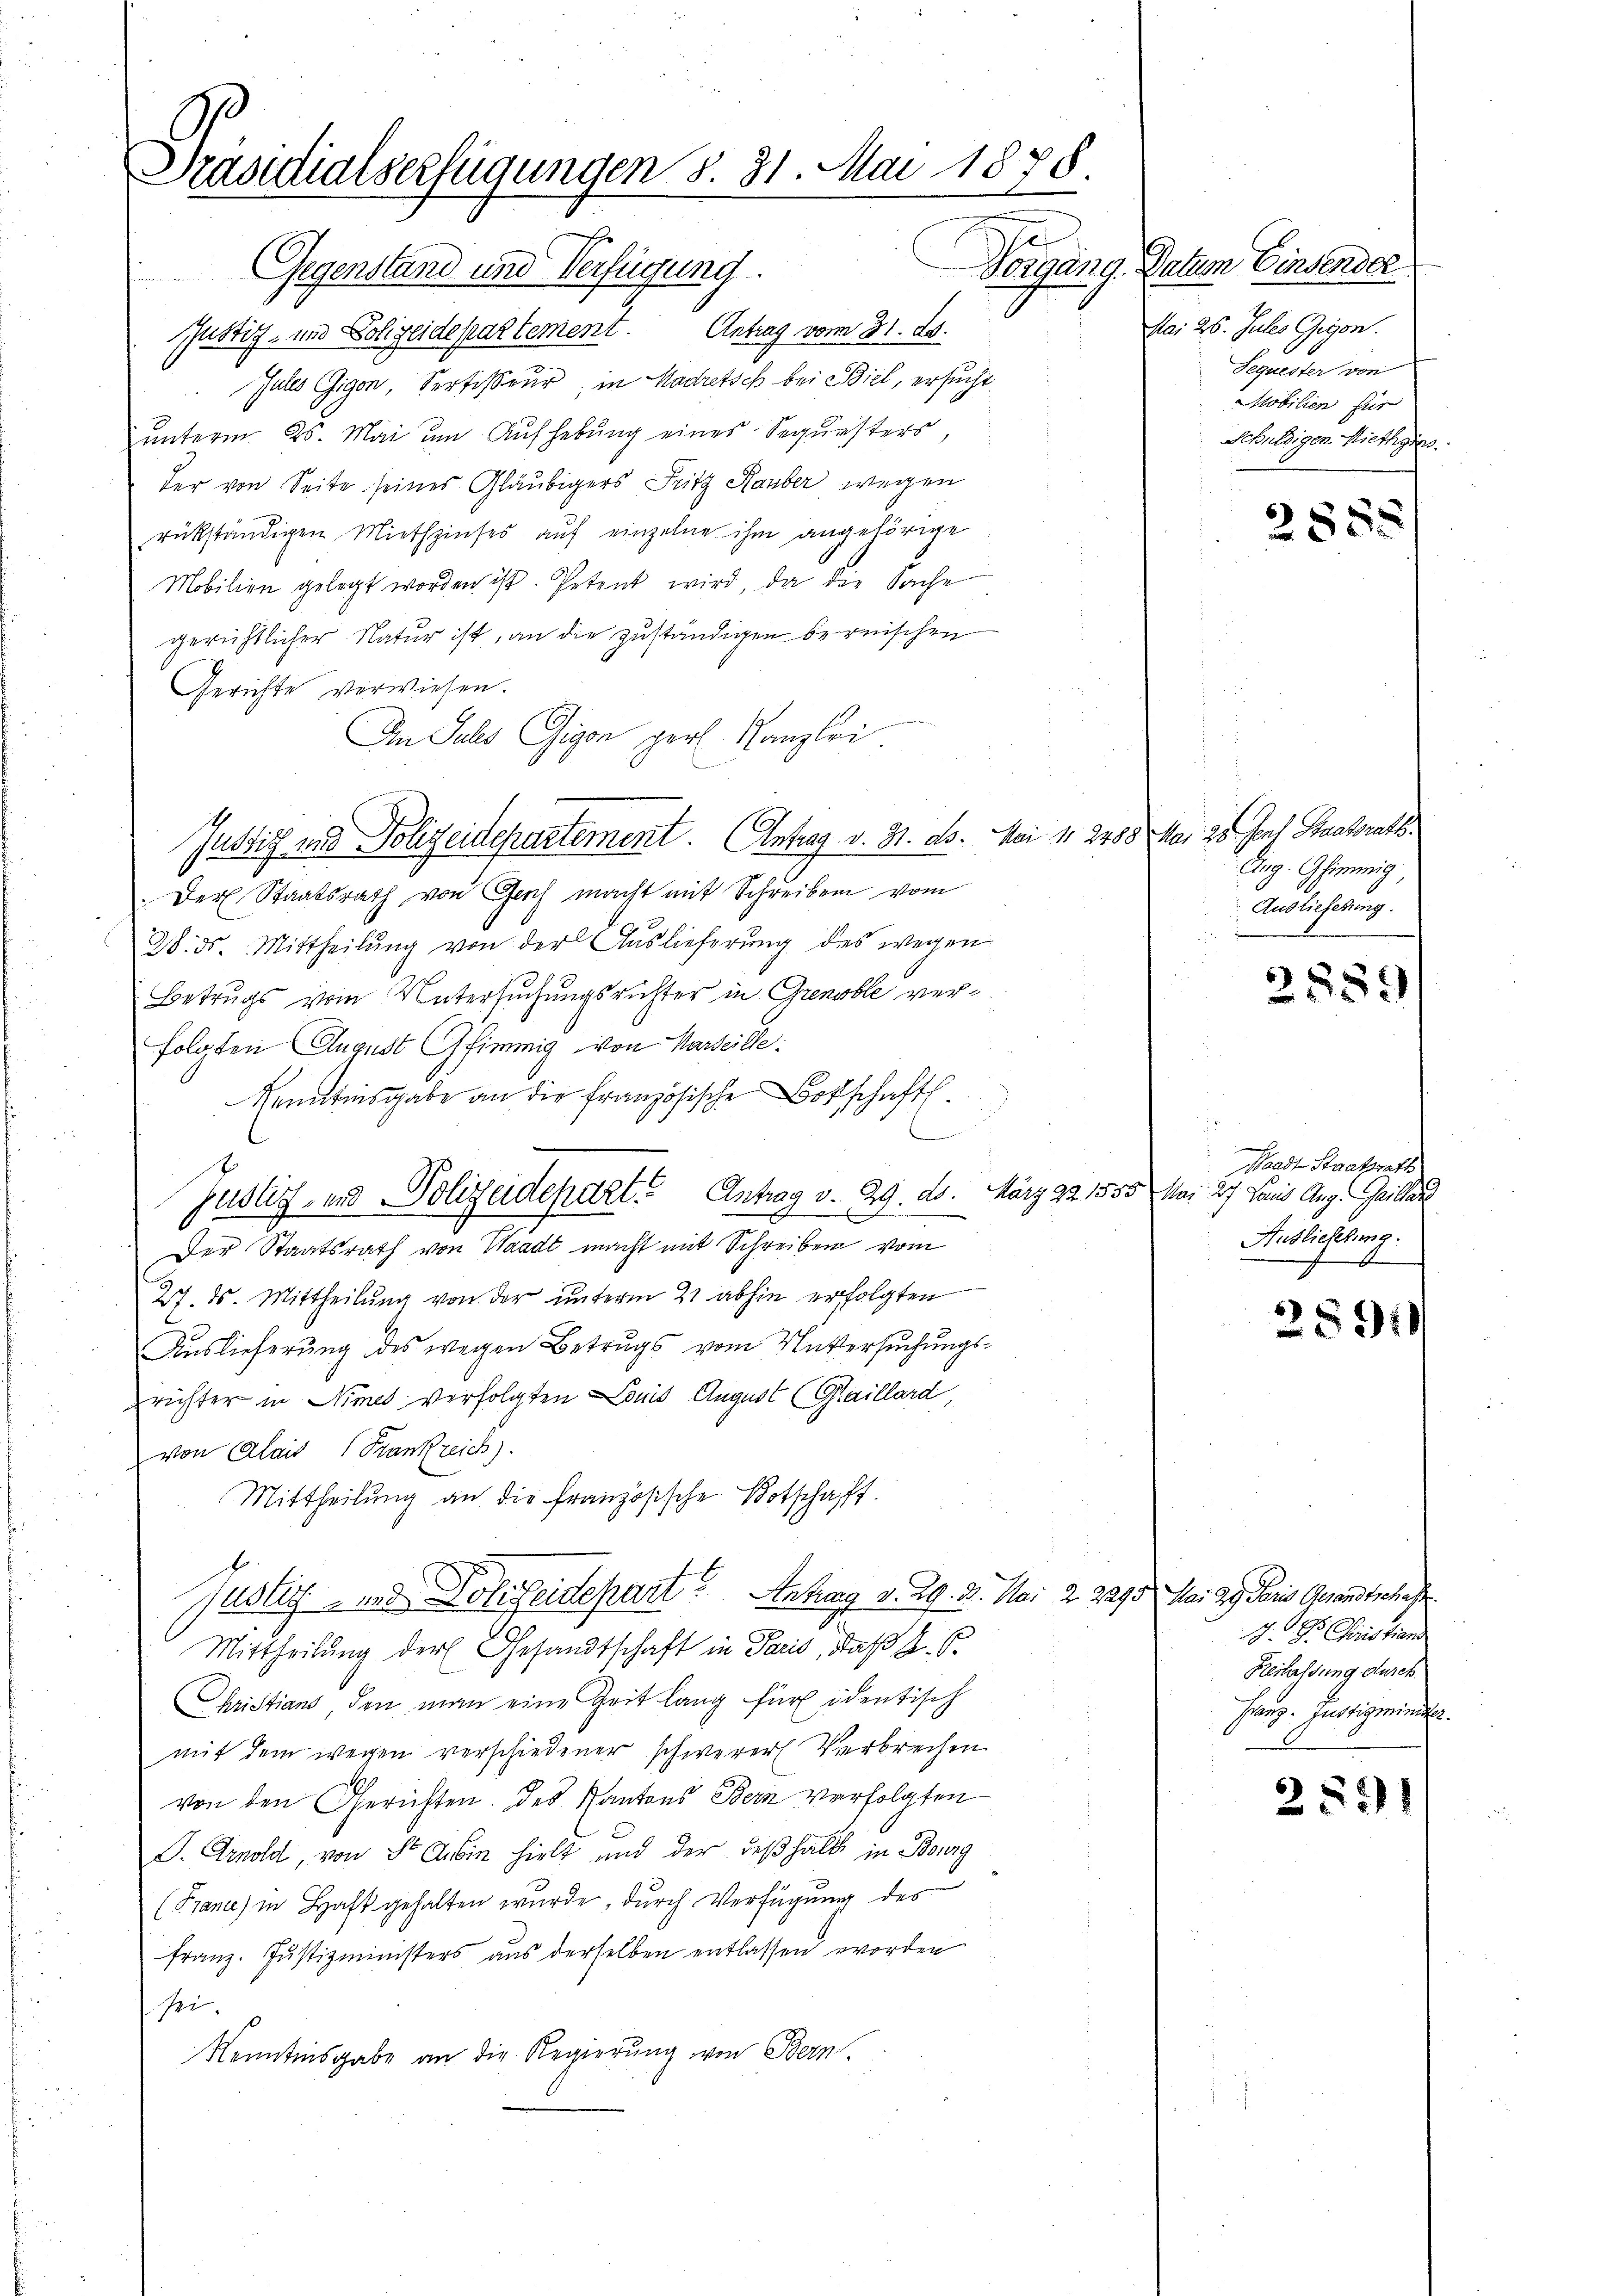
Präsidialserfügungen S. 31. Mai 1878.
Gegenstand und Verfügung.

Justiz- und Polizeidepartement. Antrag vom 31. ds.
Jules Gigen, Sertisseur, in Madretsch bei Biel, ersucht
unterm 26. Mai um Aufhebung eines Sequesters,
der von Seite seines Gläubigers Fritz Hauber wegen
rükständigen Miethzinses auf einzelne ihm angehörige
Mobilien gelegt worden ist. Petent wird, da die Sache
gerichtlicher Natur ist, an die zuständigen bereischen
Gerichte verwiesen.
r
An Juli Gigon gerl. Kanzlei
Justich und Polizeidepartement. Antrag v. H. ds. Mai 11 2488 Mai 28. Jans Staatsrath
Der Staatsrath von Geich macht mit Schreiben vom
28. ds. Mittheilung von der Auslieferung des wegen
Betrugs vom Untersuchungsrichter in Grenable verfolgten August Stimmig von Karteille:
Kenntnisgabe an die französische Botschaft
n
Justiz- und Polizeidepart. Antrag v. 29. ds. März 22. 1555 Mai 27. Janis Aug. Griller
Der Staatsrath von Waadt macht mit Schreiben vom
27. ds. Mittheilung von der unterm 21 abhin erfolgten
Auslieferung des wegen Betrugs vom Untersuchungsrichter in Stimes verfolgten Louis August (Glaillard,
von Klais (Frankreich).
Mittheilung an die französische Botschaft.
Justiz- und Polizeidepart. Antrag v. 29. 31. Mai 2. 2295. Mai ag. Paris Gesandtschaft.
Mittheilung der Gesandtschaft in Paris, daß H. B.
Christians, den man eine Zeit lang für identisch
mit dem wegen verschiedener schwerer Verbrechen
von den Gerichten. Des Kantons Bern verfolgten
S. Arnold, von St. Aubin hielt und der deßhalb in Bourg
(Frane) in Haft gehalten wurde, durch Verfügung des
Franz. Justizministers aus derselben entlassen worden
sei.
Kenntnisgabe an die Regierung von Bern.

Vorgäng- Dation Einsender
Mai 26. Julis Gegen.
Sequester von
Mobilien für
Schuldigen Miethzins.

280

Ang. Ghimmig,
Auslieferung.

2889

Waadt Staatsrath
Auslieferung.
.

2891)

J. J. Christian
Reilassung durch.
Hanz. Justizminister.

2551